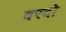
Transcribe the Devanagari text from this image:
वरदो